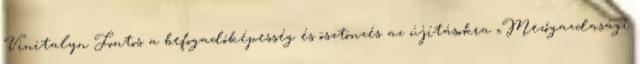
Vinitalyn Fontos a befogadóképesség és ösztönzés az újításokra „Mezőgazdasági